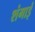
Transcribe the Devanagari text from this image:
शंगाई